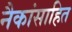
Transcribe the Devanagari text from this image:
नैकांसाहित